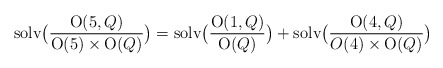
\begin{align*}\hbox{solv}\bigl({\hbox{O}(5,Q)\over \hbox{O}(5)\times\hbox{O}(Q)}\bigr)=\hbox{solv}\bigl({\hbox{O}(1,Q)\over \hbox{O}(Q)}\bigr)+\hbox{solv}\bigl({\hbox{O}(4,Q)\over O(4)\times\hbox{O}(Q)}\bigr)\end{align*}